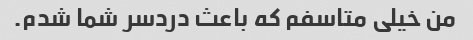
من خیلی متاسفم که باعث دردسر شما شدم.